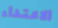
الاعتداء